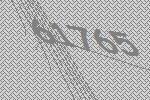
61765